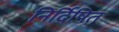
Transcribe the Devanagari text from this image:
निर्दिषित